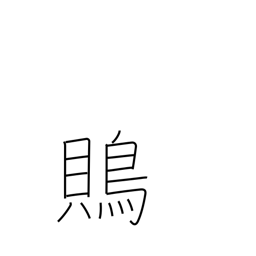
Meaning: shrike